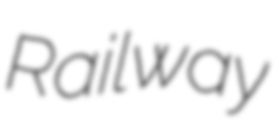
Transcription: Railway